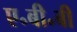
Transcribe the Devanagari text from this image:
ए॰बी॰बी